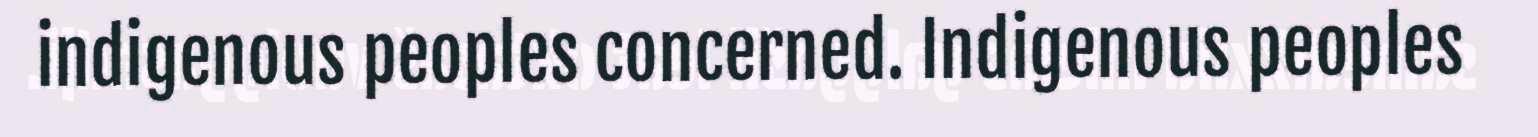
indigenous peoples concerned. Indigenous peoples